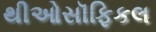
થીઓસૉફિકલ